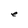
Character: e